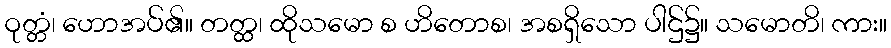
ဝုတ္တံ၊ ဟောအပ်၏။ တတ္ထ၊ ထိုသမော စ ဟိတောစ၊ အစရှိသော ပါဌ်၌။ သမောတိ၊ ကား။